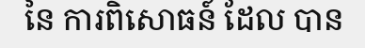
នៃ ការពិសោធន៍ ដែល បាន